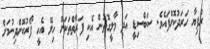
ރުފިޔާ ހަރަދުކޮށްފައެވެ. ސަބްސިޑީ އަދި މާލީގޮތުން އެކި ފަރާތްތަކަށް ހިލޭ އެހީ ފޯރުކޮށްދިނުމަށް